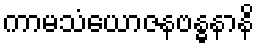
ကာမသံယောဇနဗန္ဓနာနိ